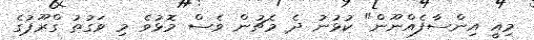
މިއީ އިންސާފެއްނޫން" ކުޅުނު ދެ މެޗުން ވެސް މޮޅުވެ މި ވަގުތު ގްރޫޕުގެ